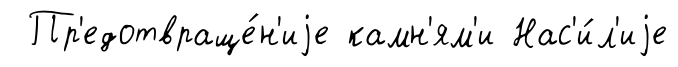
Пр'едотвраще́н'иjе камн'ям'и Нас'и́л'иjе